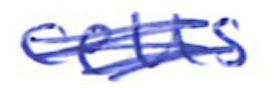
Text: cells
Cross-out: mix
Writing tool: ballpoint